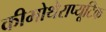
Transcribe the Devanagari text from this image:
कीमोथेराप्यूटिक